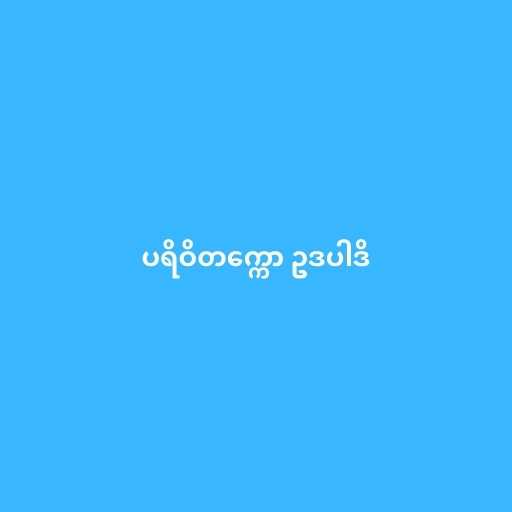
ပရိဝိတက္ကော ဥဒပါဒိ